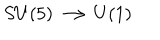
LaTeX: S U ( 5 ) \longrightarrow U ( 1 )